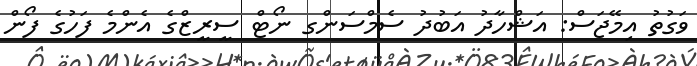
ވަގުތު އިމޭޖަސް: އަޝްހާދު އަބުދު ސެމްސަންގ ނޯޓް ސީރީޒްގެ އެންމެ ފަހުގެ ފޯން